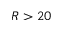
R > 2 0